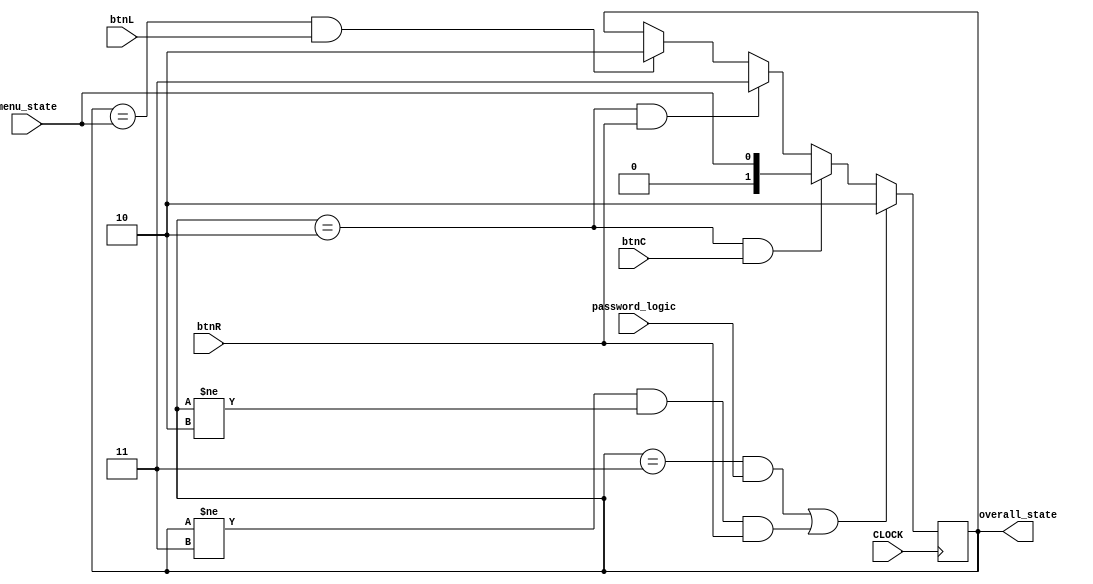
`timescale 1ns / 1ps
//////////////////////////////////////////////////////////////////////////////////
// Company: 
// Engineer: 
// 
// Design Name: 
// Module Name: state_chooser
// Project Name: 
// Target Devices: 
// Tool Versions: 
// Description: 
// 
// Dependencies: 
// 
// Revision:
// Revision 0.01 - File Created
// Additional Comments:
// 
//////////////////////////////////////////////////////////////////////////////////


module state_chooser(
    input CLOCK, btnL, btnC, btnR, password_logic, menu_state,
    output reg [1:0] overall_state = 3
    );
    // 3 = lockscreen, 2 = menu
    always @ (posedge CLOCK) begin
        if ((overall_state == 3 && password_logic) || ((overall_state != 3 && overall_state != 2) && btnR))
            overall_state <= 2;
        else if (overall_state == 2 && btnC)
            overall_state <= menu_state;
        else if (overall_state == 2 && btnR)
            overall_state <= 3;
        else if (overall_state == menu_state && btnL)
            overall_state <= 2;
        else
            overall_state <= overall_state;
    end
        
endmodule